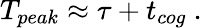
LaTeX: T_{peak}\approx\tau+t_{cog}~.